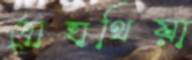
দোহাথিয়া